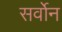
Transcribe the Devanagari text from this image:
सर्वोन